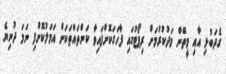
ގެދަބުޅި އާއި މީތޭން މަދުކުރުމަށް ރިޕޯޓުގައި ފާހަގަކޮށްފައިވާ ކަންތައްތަކަށް އަމަލުކޮށްފި ނަމަ ދުނިޔެ